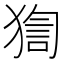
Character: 𤟼